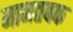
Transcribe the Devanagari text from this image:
मानतबक